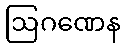
ဩဂဏေန